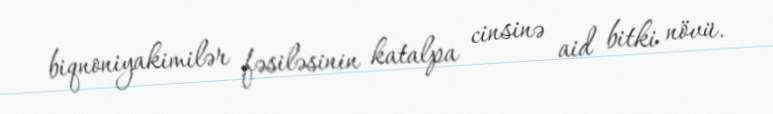
biqnoniyakimilər fəsiləsinin katalpa cinsinə aid bitki növü.